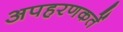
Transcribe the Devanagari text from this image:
अपहरणकर्ते